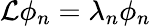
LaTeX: {\cal L}\phi_{n}=\lambda_{n}\phi_{n}